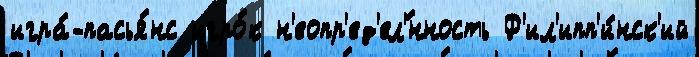
игра́-пасья́нс игро́к н'еопр'ед'ел'́нность Ф'ил'ипп'и́нск'ий